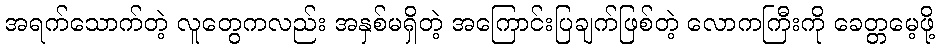
အရက်သောက်တဲ့ လူတွေကလည်း အနှစ်မရှိတဲ့ အကြောင်းပြချက်ဖြစ်တဲ့ လောကကြီးကို ခေတ္တမေ့ဖို့